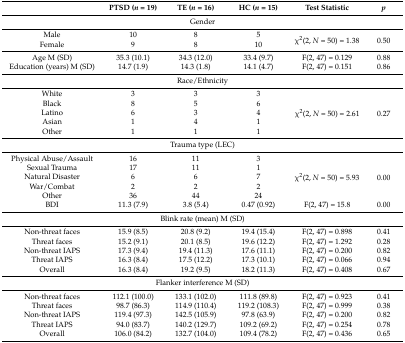
<table><thead><tr><td></td><td><b>PTSD (<i>n</i> = 19)</b></td><td><b>TE (<i>n</i> = 16)</b></td><td><b>HC (<i>n</i> = 15)</b></td><td><b>Test Statistic</b></td><td><b><i>p</i></b></td></tr></thead><tbody><tr><td colspan="6">Gender</td></tr><tr><td>Male</td><td>10</td><td>8</td><td>5</td><td rowspan="2">χ<sup>2</sup>(2, <i>N</i> = 50) = 1.38</td><td rowspan="2">0.50</td></tr><tr><td>Female</td><td>9</td><td>8</td><td>10</td></tr><tr><td>Age M (SD)</td><td>35.3 (10.1)</td><td>34.3 (12.0)</td><td>33.4 (9.7)</td><td>F(2, 47) = 0.129</td><td>0.88</td></tr><tr><td>Education (years) M (SD)</td><td>14.7 (1.9)</td><td>14.3 (1.8)</td><td>14.1 (4.7)</td><td>F(2, 47) = 0.151</td><td>0.86</td></tr><tr><td colspan="6">Race/Ethnicity</td></tr><tr><td>White</td><td>3</td><td>3</td><td>3</td><td rowspan="5">χ<sup>2</sup>(2, <i>N</i> = 50) = 2.61</td><td rowspan="5">0.27</td></tr><tr><td>Black</td><td>8</td><td>5</td><td>6</td></tr><tr><td>Latino</td><td>6</td><td>3</td><td>4</td></tr><tr><td>Asian</td><td>1</td><td>4</td><td>1</td></tr><tr><td>Other</td><td>1</td><td>1</td><td>1</td></tr><tr><td colspan="6">Trauma type (LEC)</td></tr><tr><td>Physical Abuse/Assault</td><td>16</td><td>11</td><td>3</td><td rowspan="5">χ<sup>2</sup>(2, <i>N</i> = 50) = 5.93</td><td rowspan="5">0.00</td></tr><tr><td>Sexual Trauma</td><td>17</td><td>11</td><td>1</td></tr><tr><td>Natural Disaster</td><td>6</td><td>6</td><td>7</td></tr><tr><td>War/Combat</td><td>2</td><td>2</td><td>2</td></tr><tr><td>Other</td><td>36</td><td>44</td><td>24</td></tr><tr><td>BDI</td><td>11.3 (7.9)</td><td>3.8 (5.4)</td><td>0.47 (0.92)</td><td>F(2, 47) = 15.8</td><td>0.00</td></tr><tr><td colspan="6">Blink rate (mean) M (SD)</td></tr><tr><td>Non-threat faces</td><td>15.9 (8.5)</td><td>20.8 (9.2)</td><td>19.4 (15.4)</td><td>F(2, 47) = 0.898</td><td>0.41</td></tr><tr><td>Threat faces</td><td>15.2 (9.1)</td><td>20.1 (8.5)</td><td>19.6 (12.2)</td><td>F(2, 47) = 1.292</td><td>0.28</td></tr><tr><td>Non-threat IAPS</td><td>17.3 (9.4)</td><td>19.4 (11.3)</td><td>17.6 (11.1)</td><td>F(2, 47) = 0.200</td><td>0.82</td></tr><tr><td>Threat IAPS</td><td>16.3 (8.4)</td><td>17.5 (12.2)</td><td>17.3 (10.1)</td><td>F(2, 47) = 0.066</td><td>0.94</td></tr><tr><td>Overall</td><td>16.3 (8.4)</td><td>19.2 (9.5)</td><td>18.2 (11.3)</td><td>F(2, 47) = 0.408</td><td>0.67</td></tr><tr><td colspan="6">Flanker interference M (SD)</td></tr><tr><td>Non-threat faces</td><td>112.1 (100.0)</td><td>133.1 (102.0)</td><td>111.8 (89.8)</td><td>F(2, 47) = 0.923</td><td>0.41</td></tr><tr><td>Threat faces</td><td>98.7 (86.3)</td><td>114.9 (110.4)</td><td>119.2 (108.3)</td><td>F(2, 47) = 0.999</td><td>0.38</td></tr><tr><td>Non-threat IAPS</td><td>119.4 (97.3)</td><td>142.5 (105.9)</td><td>97.8 (63.9)</td><td>F(2, 47) = 0.200</td><td>0.82</td></tr><tr><td>Threat IAPS</td><td>94.0 (83.7)</td><td>140.2 (129.7)</td><td>109.2 (69.2)</td><td>F(2, 47) = 0.254</td><td>0.78</td></tr><tr><td>Overall</td><td>106.0 (84.2)</td><td>132.7 (104.0)</td><td>109.4 (78.2)</td><td>F(2, 47) = 0.436</td><td>0.65</td></tr></tbody></table>